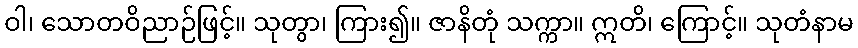
ဝါ၊ သောတဝိညာဉ်ဖြင့်။ သုတွာ၊ ကြား၍။ ဇာနိတုံ သက္ကာ။ ဣတိ၊ ကြောင့်။ သုတံနာမ